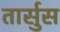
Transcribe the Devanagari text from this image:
तार्सुस